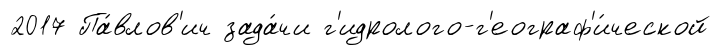
2017 Па́влов'ич зада́чи г'идролого-г'еограф'и́ческой